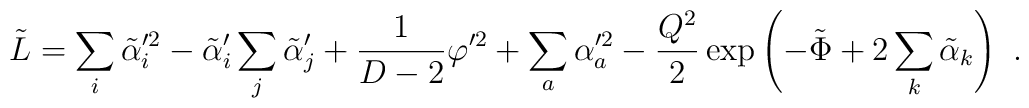
\tilde{L} = \sum_i \tilde\alpha_i^{\prime2} - \tilde\alpha_i'\sum_j\tilde\alpha_j'  + {1\over D-2} \varphi^{\prime2} + \sum_a \alpha_a^{\prime2} - {Q^2 \over 2} \exp\left(-\tilde\Phi+2\sum_k \tilde\alpha_k \right) \ .